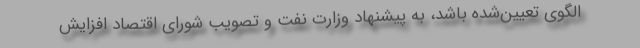
الگوی تعیین‌شده باشد، به پیشنهاد وزارت نفت و تصویب شورای اقتصاد افزایش